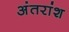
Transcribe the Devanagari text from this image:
अंतरांश